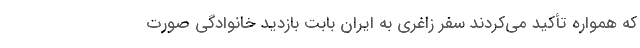
که همواره تأکید می‌کردند سفر زاغری به ایران بابت بازدید خانوادگی صورت